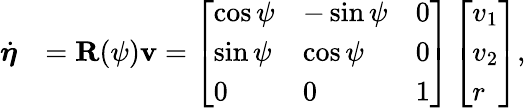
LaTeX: \begin{array}{rl}{\dot{\boldsymbol{\eta}}}&{=\mathbf{R}(\psi)\mathbf{v}=\left[\begin{array}{lll}{\cos{\psi}}&{-\sin{\psi}}&{0}\\ {\sin{\psi}}&{\cos{\psi}}&{0}\\ {0}&{0}&{1}\end{array}\right]\left[\begin{array}{l}{v_{1}}\\ {v_{2}}\\ {r}\end{array}\right]}\end{array},